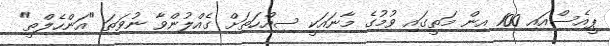
ޕީއެސްއައި 100 އިން މަތީގައި ވުމުގެ މާނައަކީ ސިއްހަތަށް ގެއްލުންވާ ނުވަތަ "އަންހެލްތީ"